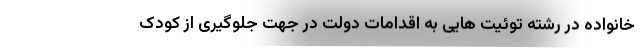
خانواده در رشته توئیت هایی به اقدامات دولت در جهت جلوگیری از کودک